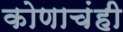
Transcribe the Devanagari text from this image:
कोणाचंही